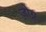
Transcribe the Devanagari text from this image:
ज़ोग्न